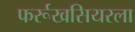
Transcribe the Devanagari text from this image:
फर्रूखसियरला